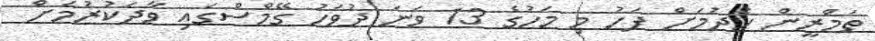
ތަމްރީން ހެދުމަށް ފަހު މި މަހުގެ 13 ވަނަ ދުވަހު ގޭމްސްގައި ވާދަކުރުމަށް